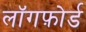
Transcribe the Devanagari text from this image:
लॉगफ़ोर्ड